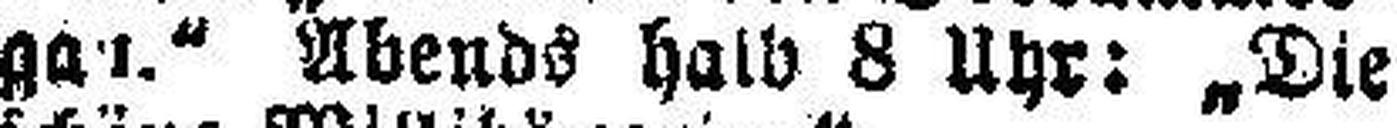
gau“ Abends halb 8 Uhr: „Die